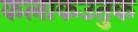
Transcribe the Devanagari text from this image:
कलाकउतुक